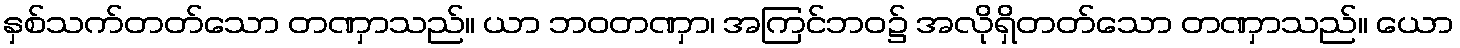
နှစ်သက်တတ်သော တဏှာသည်။ ယာ ဘဝတဏှာ၊ အကြင်ဘဝ၌ အလိုရှိတတ်သော တဏှာသည်။ ယော